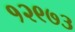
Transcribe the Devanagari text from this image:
१२९७३